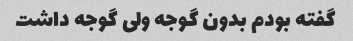
گفته بودم بدون گوجه ولی گوجه داشت